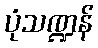
ပုံသဏ္ဍန်